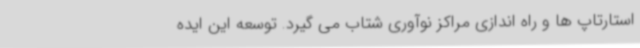
استارتاپ ها و راه اندازی مراکز نوآوری شتاب می گیرد. توسعه این ایده